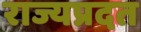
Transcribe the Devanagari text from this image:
राज्यप्रदत